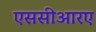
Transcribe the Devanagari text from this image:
एससीआरए